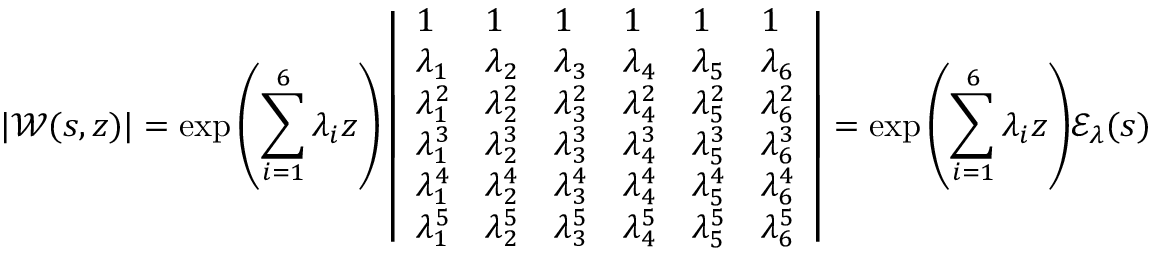
| \mathscr { W } ( s , z ) | = \exp { \left( \sum _ { i = 1 } ^ { 6 } \lambda _ { i } z \right) } \left| \begin{array} { l l l l l l } { 1 } & { 1 } & { 1 } & { 1 } & { 1 } & { 1 } \\ { \lambda _ { 1 } } & { \lambda _ { 2 } } & { \lambda _ { 3 } } & { \lambda _ { 4 } } & { \lambda _ { 5 } } & { \lambda _ { 6 } } \\ { \lambda _ { 1 } ^ { 2 } } & { \lambda _ { 2 } ^ { 2 } } & { \lambda _ { 3 } ^ { 2 } } & { \lambda _ { 4 } ^ { 2 } } & { \lambda _ { 5 } ^ { 2 } } & { \lambda _ { 6 } ^ { 2 } } \\ { \lambda _ { 1 } ^ { 3 } } & { \lambda _ { 2 } ^ { 3 } } & { \lambda _ { 3 } ^ { 3 } } & { \lambda _ { 4 } ^ { 3 } } & { \lambda _ { 5 } ^ { 3 } } & { \lambda _ { 6 } ^ { 3 } } \\ { \lambda _ { 1 } ^ { 4 } } & { \lambda _ { 2 } ^ { 4 } } & { \lambda _ { 3 } ^ { 4 } } & { \lambda _ { 4 } ^ { 4 } } & { \lambda _ { 5 } ^ { 4 } } & { \lambda _ { 6 } ^ { 4 } } \\ { \lambda _ { 1 } ^ { 5 } } & { \lambda _ { 2 } ^ { 5 } } & { \lambda _ { 3 } ^ { 5 } } & { \lambda _ { 4 } ^ { 5 } } & { \lambda _ { 5 } ^ { 5 } } & { \lambda _ { 6 } ^ { 5 } } \end{array} \right| = \exp { \left( \sum _ { i = 1 } ^ { 6 } \lambda _ { i } z \right) } \mathscr { E } _ { \lambda } ( s )